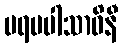
ပရမပါသာဝိနီ